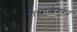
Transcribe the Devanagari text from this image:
शस्त्रास्त्रेवहन